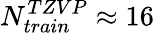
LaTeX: N_{train}^{TZVP}\approx 16